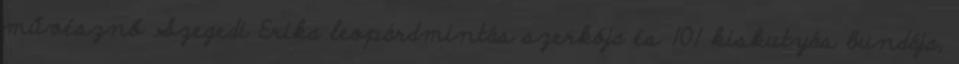
művésznő Szegedi Erika leopárdmintás szerkója és 101 kiskutyás bundája,